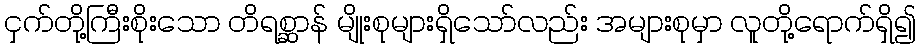
ငှက်တို့ကြီးစိုးသော တိရစ္ဆာန် မျိုးစုများရှိသော်လည်း အများစုမှာ လူတို့ရောက်ရှိ၍